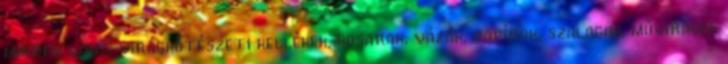
minden van: virágkötészeti kellékek, kosarak, vázák, papírok, szalagok, művirágok